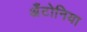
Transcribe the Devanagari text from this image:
अँटोनिया